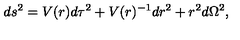
d s ^ { 2 } = V ( r ) d \tau ^ { 2 } + V ( r ) ^ { - 1 } d r ^ { 2 } + r ^ { 2 } d \Omega ^ { 2 } ,